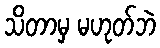
သိတာမှ မဟုတ်ဘဲ